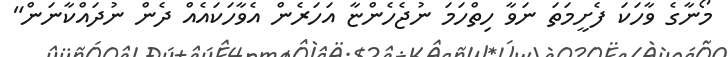
މޯނާގެ ވާހަކަ ފެށީމަތަ ނަވާ ހިތްހަމަ ނުޖެހެންޏާ އަހަރެން އެވާހަކައެއް ދެން ނުދައްކާނަން"